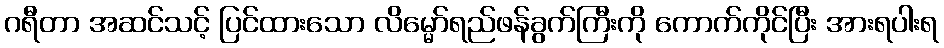
ဂရီတာ အဆင်သင့် ပြင်ထားသော လိမ္မော်ရည်ဖန်ခွက်ကြီးကို ကောက်ကိုင်ပြီး အားရပါးရ